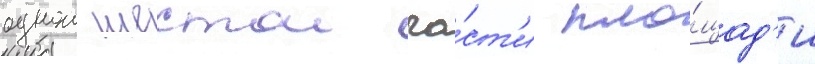
однои шестои ча́ст'и пло́щад'и